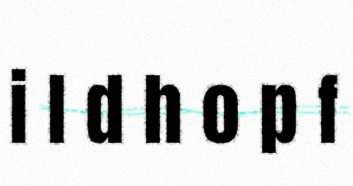
i l d h o p f